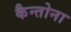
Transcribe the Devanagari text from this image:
कैन्तोना